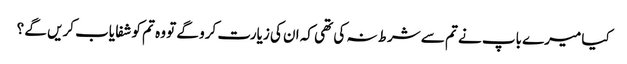
کیا میرے باپ نے تم سے شرط نہ کی تھی کہ ان کی زیارت کرو گے تو وہ تم کو شفا یاب کریں گے ؟